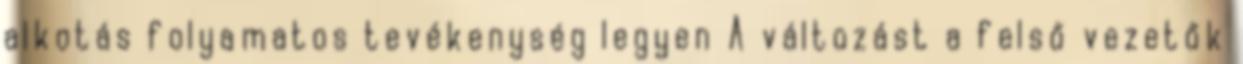
alkotás folyamatos tevékenység legyen A változást a felső vezetők